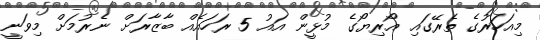
މިއަހަރުގެ ތެރޭގައި އޯރިޔޯގެ މުޅީން އައު 5 ރަހައެއް ބާޒާރަށް ނެރުމަށް މިވަނީ